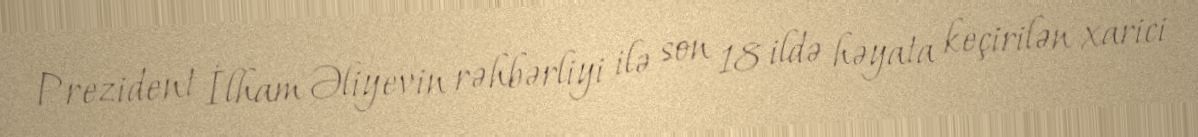
Prezident İlham Əliyevin rəhbərliyi ilə son 18 ildə həyata keçirilən xarici